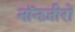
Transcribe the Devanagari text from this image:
नॉनज़ीरो